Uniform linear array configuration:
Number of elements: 48
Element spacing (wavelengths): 0.75
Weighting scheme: blackman
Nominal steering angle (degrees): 30
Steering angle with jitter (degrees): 30.189
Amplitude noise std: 0.05
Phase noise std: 0.05

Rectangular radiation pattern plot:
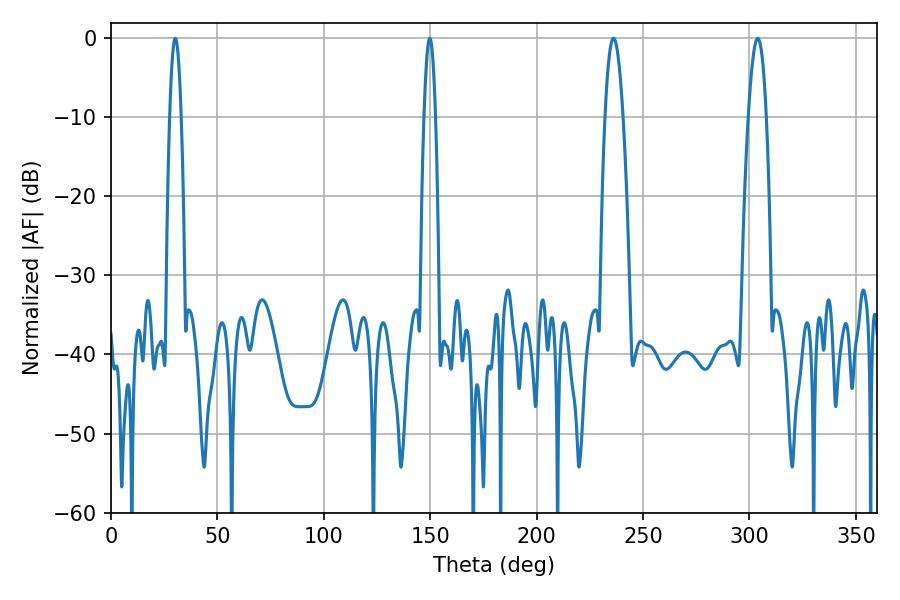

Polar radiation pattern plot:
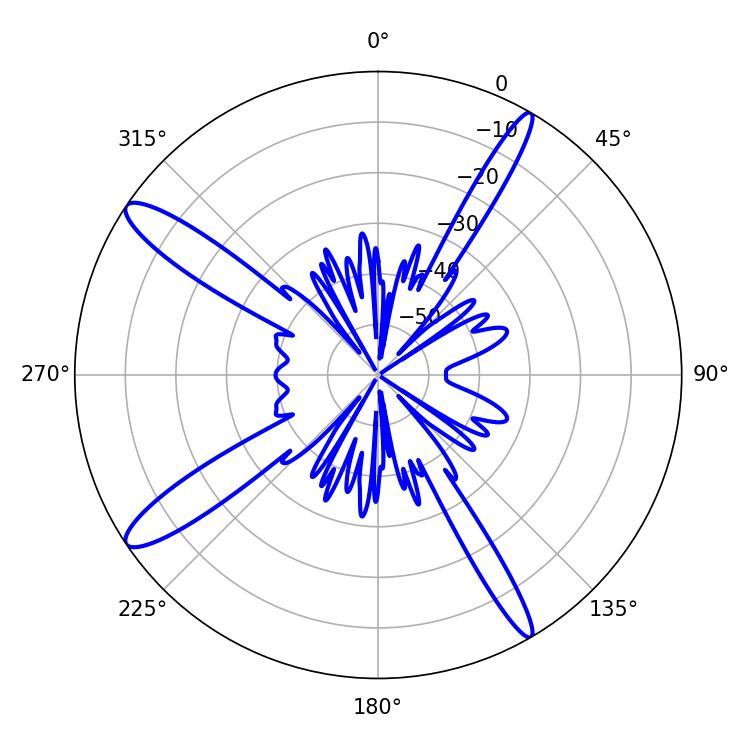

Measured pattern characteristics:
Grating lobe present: TRUE
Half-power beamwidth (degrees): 4.68
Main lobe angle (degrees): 303.84